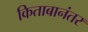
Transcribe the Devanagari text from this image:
किताबानंतर